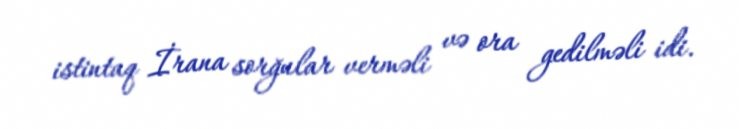
istintaq İrana sorğular verməli və ora gedilməli idi.